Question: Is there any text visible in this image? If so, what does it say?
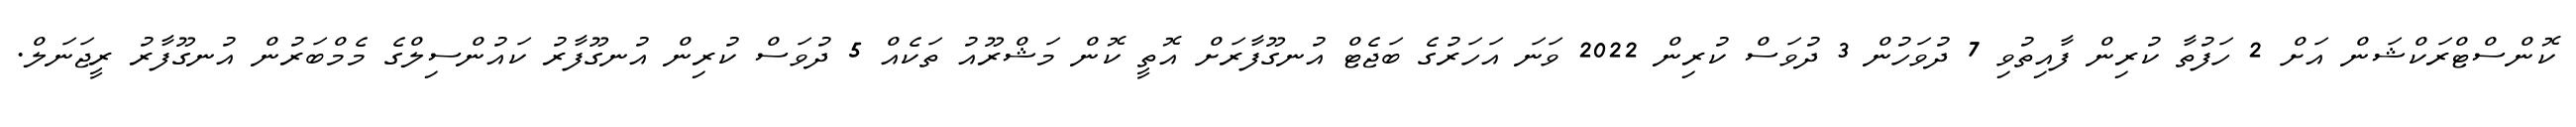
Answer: ކޮންސްޓްރަކްޝަން އަށް 2 ހަފުތާ ކުރިން ފާއިތުވި 7 ދުވަހުން 3 ދުވަސް ކުރިން 2022 ވަނަ އަހަރުގެ ބަޖެޓް އުނގޫފާރަށް އޮތީ ކޮން މަޝްރޫއު ތަކެއް 5 ދުވަސް ކުރިން އުނގޫފާރު ކައުންސިލްގެ މެމްބަރުން އުނގޫފާރު ރީޖަނަލް.